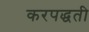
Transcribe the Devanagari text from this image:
करपद्धती